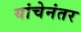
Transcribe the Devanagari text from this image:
यांचेनंतर